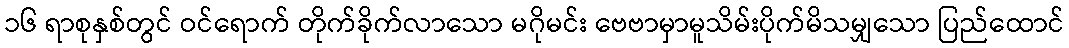
၁၆ ရာစုနှစ်တွင် ဝင်ရောက် တိုက်ခိုက်လာသော မဂိုမင်း ဗေဗာမှာမူသိမ်းပိုက်မိသမျှသော ပြည်ထောင်